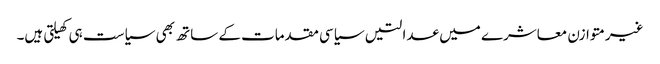
غیرمتوازن معاشرے میں عدالتیں سیاسی مقدمات کے ساتھ بھی سیاست ہی کھیلتی ہیں۔